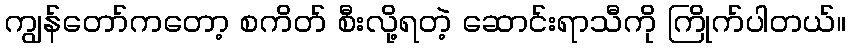
ကျွန်တော်ကတော့ စကိတ် စီးလို့ရတဲ့ ဆောင်းရာသီကို ကြိုက်ပါတယ်။